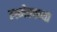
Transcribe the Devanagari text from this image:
लगेचचच्या